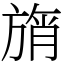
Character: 旓